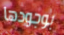
بوجودها